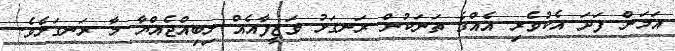
އަމަން ފަދަ އެކުވެރި އެއްގެ ތަނަކުން ރަނގަޅު ވަޒީފާއެއް ލިބިއްޖެއްޔާ މާ ރަނގަޅެވެ.